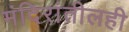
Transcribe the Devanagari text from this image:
मंदिरांतीलही